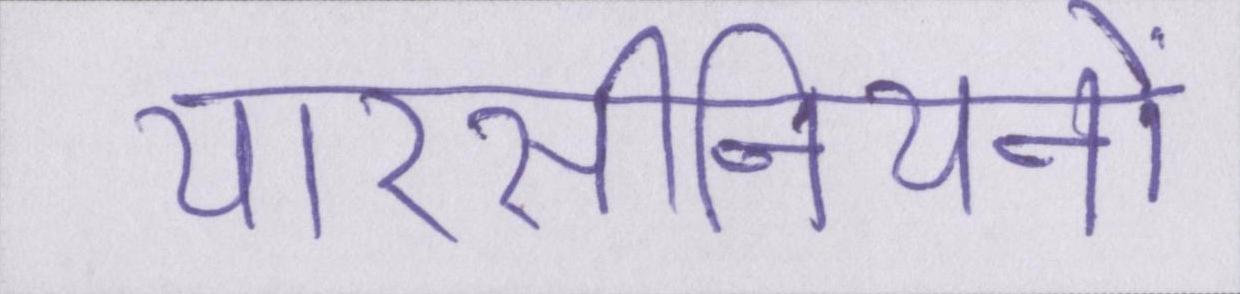
यारसीनियनों